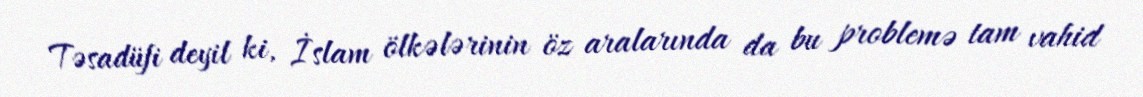
Təsadüfi deyil ki, İslam ölkələrinin öz aralarında da bu problemə tam vahid